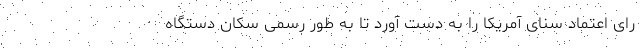
رای اعتماد سنای آمریکا را به دست آورد تا به طور رسمی سکان دستگاه